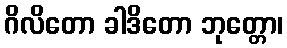
ဂိလိတော ခါဒိတော ဘုတ္တော၊